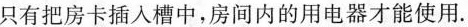
只有把房卡插入槽中，房间内的用电器才能使用。